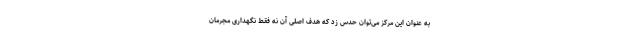
به عنوان این مرکز می‌توان حدس زد که هدف اصلی آن نه فقط نگهداری مجرمان